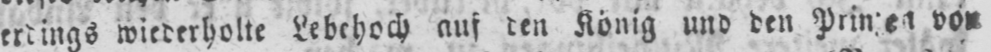
von